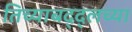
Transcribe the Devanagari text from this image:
तिच्याबद्द्लच्या